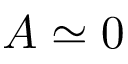
A \simeq 0